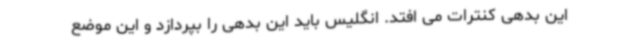
این بدهی کنترات می افتد. انگلیس باید این بدهی را بپردازد و این موضع